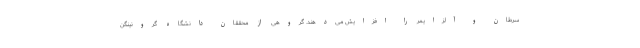
سرطان و آلزایمر را افزایش می‌دهند. گروهی از محققان دانشگاه گرونینگن